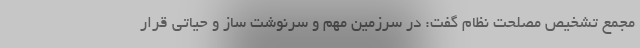
مجمع تشخیص مصلحت نظام گفت: در سرزمین مهم و سرنوشت ساز و حیاتی قرار